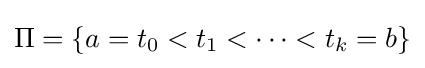
\Pi =\{a=t_{0}<t_{1}<\cdots <t_{k}=b\}